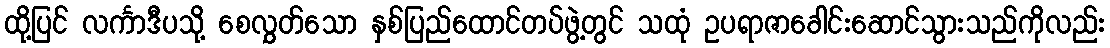
ထို့ပြင် လင်္ကာဒီပသို့ စေလွှတ်သော နှစ်ပြည်ထောင်တပ်ဖွဲ့တွင် သထုံ ဥပရာဇာခေါင်းဆောင်သွားသည်ကိုလည်း